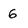
Character: 6